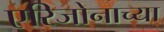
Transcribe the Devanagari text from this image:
एरिजोनाच्या